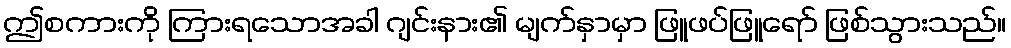
ဤစကားကို ကြားရသောအခါ ဂျင်းနား၏ မျက်နှာမှာ ဖြူဖပ်ဖြူရော် ဖြစ်သွားသည်။